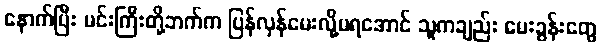
နောက်ပြီး မင်းကြီးတို့ဘက်က ပြန်လှန်မေးလို့မရအောင် သူကချည်း မေးခွန်းတွေ